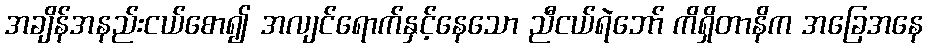
အချိန်အနည်းငယ်စော၍ အလျင်ရောက်နှင့်နေသော ညီငယ်ရဲဘော် ကိရှိတာနိက အခြေအနေ